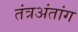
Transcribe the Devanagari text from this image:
तंत्रअंतांग